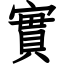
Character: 實